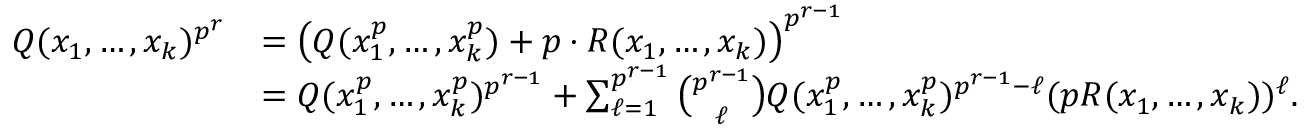
\begin{array} { r l } { Q ( x _ { 1 } , \ldots , x _ { k } ) ^ { p ^ { r } } } & { = \left( Q ( x _ { 1 } ^ { p } , \dots , x _ { k } ^ { p } ) + p \cdot R ( x _ { 1 } , \dots , x _ { k } ) \right) ^ { p ^ { r - 1 } } } \\ & { = Q ( x _ { 1 } ^ { p } , \ldots , x _ { k } ^ { p } ) ^ { p ^ { r - 1 } } + \sum _ { \ell = 1 } ^ { p ^ { r - 1 } } \binom { p ^ { r - 1 } } { \ell } Q ( x _ { 1 } ^ { p } , \ldots , x _ { k } ^ { p } ) ^ { p ^ { r - 1 } - \ell } ( p R ( x _ { 1 } , \ldots , x _ { k } ) ) ^ { \ell } . } \end{array}